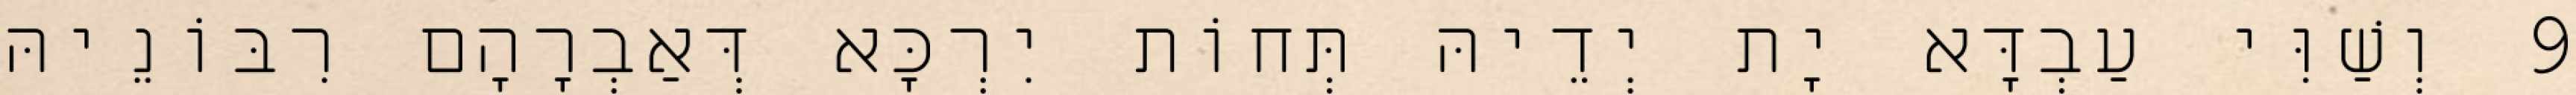
9 וְשַׁוִּי עַבְדָּא יָת יְדֵיהּ תְּחוֹת יִרְכָּא דְּאַבְרָהָם רִבּוֹנֵיהּ